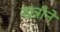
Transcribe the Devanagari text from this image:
खत्रीने